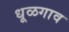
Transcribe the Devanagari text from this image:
धूळगाव